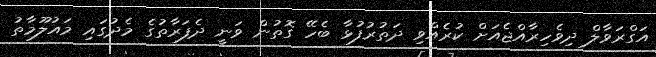
އަގްރަވާލް ދިވެހިރާއްޖެއަށް ކުރެއްވި ދަތުރުފުޅާ ބެހޭ ގޮތުން ވަނީ ދެފަރާތުގެ މެދުގައި މައުލޫމާތު